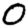
Digit: 0